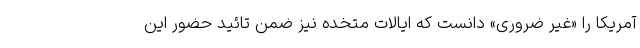
آمریکا را «غیر ضروری» دانست که ایالات متخده نیز ضمن تائید حضور این